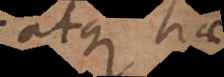
atque hae